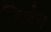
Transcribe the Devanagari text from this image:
डिबंग